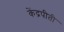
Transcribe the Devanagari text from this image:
केंद्रपीती